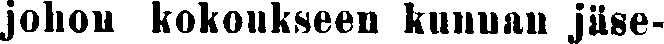
johon kokoukseen kunnan jäse-